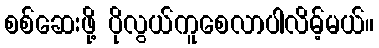
စစ်ဆေးဖို့ ပိုလွယ်ကူစေလာပါလိမ့်မယ်။